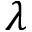
\lambda